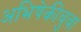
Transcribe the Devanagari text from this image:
अभिषेकीबुवा